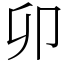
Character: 卯